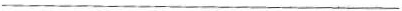
___